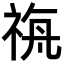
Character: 𮁼